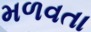
મળવતા